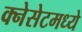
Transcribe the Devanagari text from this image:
क्नेसेटमध्ये